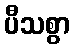
ပီသစွာ